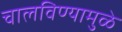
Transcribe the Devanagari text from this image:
चालविण्यामुळे